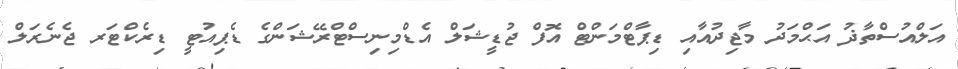
އަލްއުސްތާޛު އަޙްމަދު މާޖިދުއާއި ޑިޕާޓްމަންޓް އޮފް ޖުޑީޝަލް އެޑްމިނިސްޓްރޭޝަންގެ ޑެޕިއުޓީ ޑިރެކްޓަރ ޖެނެރަލް